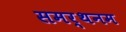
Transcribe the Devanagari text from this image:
समर्थनम